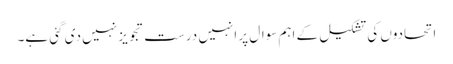
اتحادوں کی تشکیل کے اہم سوال پر انہیں درست تجویز نہیں دی گئی ہے۔